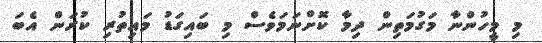
މި މީހުންނާ މަގުމަތިން ދިމާ ކޮށްނަމަވެސް މި ބައިގަޑު މައިތުރި ކުރަން އެބަ